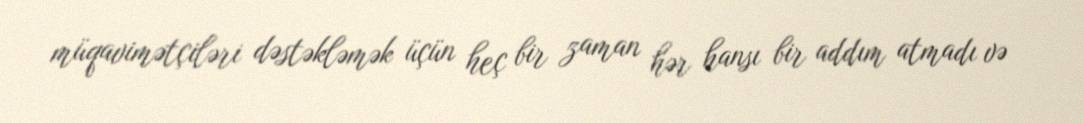
müqavimətçiləri dəstəkləmək üçün heç bir zaman hər hansı bir addım atmadı və